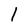
Character: 1